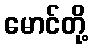
မောင်တို့